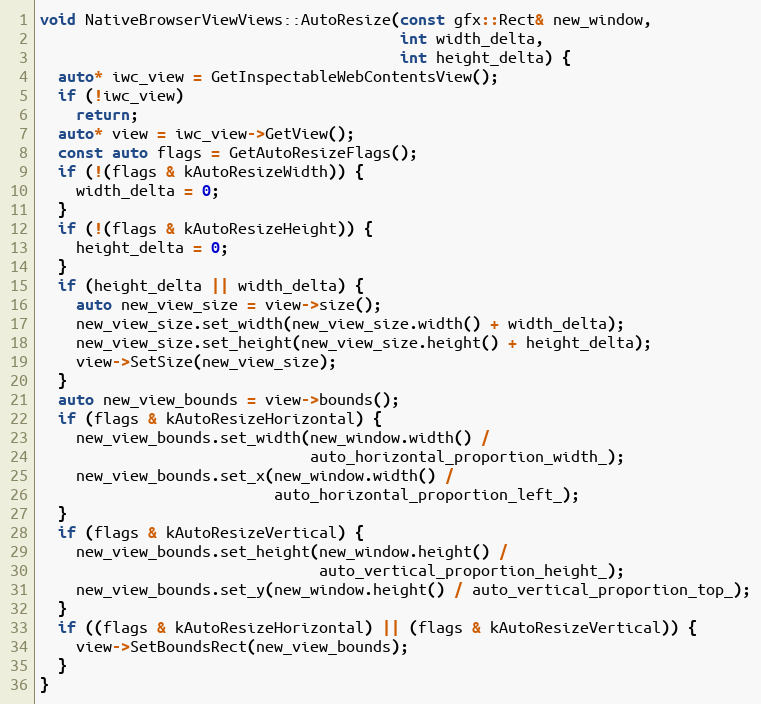
Language: C++
void NativeBrowserViewViews::AutoResize(const gfx::Rect& new_window,
                                        int width_delta,
                                        int height_delta) {
  auto* iwc_view = GetInspectableWebContentsView();
  if (!iwc_view)
    return;
  auto* view = iwc_view->GetView();
  const auto flags = GetAutoResizeFlags();
  if (!(flags & kAutoResizeWidth)) {
    width_delta = 0;
  }
  if (!(flags & kAutoResizeHeight)) {
    height_delta = 0;
  }
  if (height_delta || width_delta) {
    auto new_view_size = view->size();
    new_view_size.set_width(new_view_size.width() + width_delta);
    new_view_size.set_height(new_view_size.height() + height_delta);
    view->SetSize(new_view_size);
  }
  auto new_view_bounds = view->bounds();
  if (flags & kAutoResizeHorizontal) {
    new_view_bounds.set_width(new_window.width() /
                              auto_horizontal_proportion_width_);
    new_view_bounds.set_x(new_window.width() /
                          auto_horizontal_proportion_left_);
  }
  if (flags & kAutoResizeVertical) {
    new_view_bounds.set_height(new_window.height() /
                               auto_vertical_proportion_height_);
    new_view_bounds.set_y(new_window.height() / auto_vertical_proportion_top_);
  }
  if ((flags & kAutoResizeHorizontal) || (flags & kAutoResizeVertical)) {
    view->SetBoundsRect(new_view_bounds);
  }
}